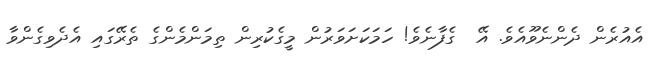
އެއުރެން ދެންނެވޫއެވެ. އޭ  ގެފާނެވެ! ހަމަކަށަވަރުން މީގެކުރިން ތިމަންމެންގެ ތެރޭގައި އެދެވިގެންވާ